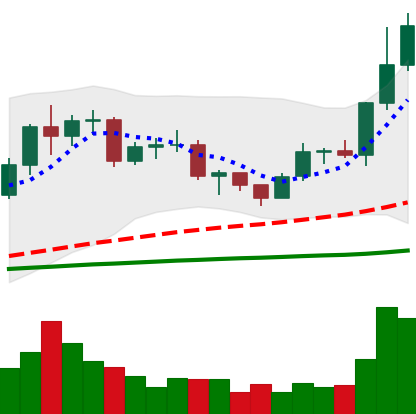
Ticker: LTC-USD
Chart end date: 2020-12-18
Forward return: -6.918%
Label: down_5_7